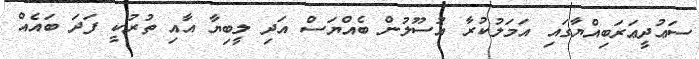
ސަޢުދީޢަރަބިއްޔާގައި އަމަލުކުރާ އުސޫލުން ބެއްޔަސް އަދި ލީބިޔާ އާއި ތުރުކީ ފަދަ ބައެއް